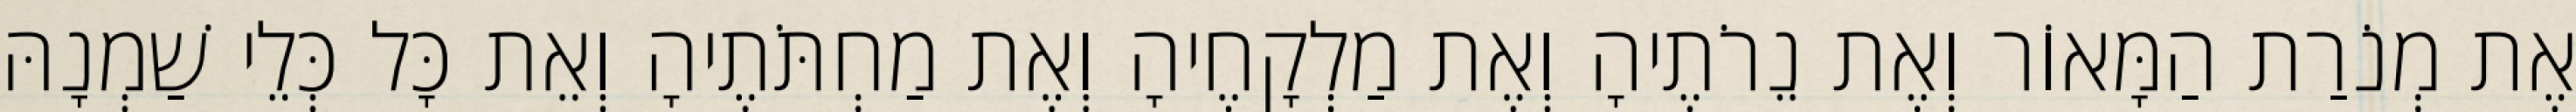
אֶת מְנֹרַת הַמָּאוֹר וְאֶת נֵרֹתֶיהָ וְאֶת מַלְקָחֶיהָ וְאֶת מַחְתֹּתֶיהָ וְאֵת כָּל כְּלֵי שַׁמְנָהּ